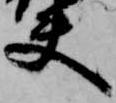
夫